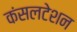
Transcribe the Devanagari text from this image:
कंसलटेशन